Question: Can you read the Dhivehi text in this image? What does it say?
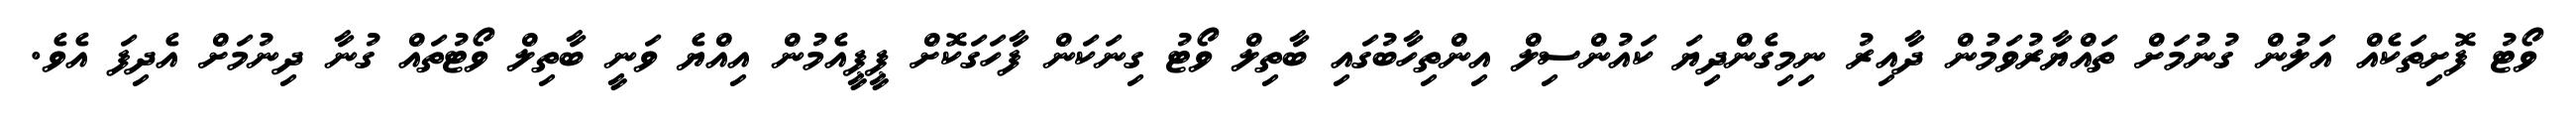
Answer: ވޯޓު ފޮށިތަކެއް އަލުން ގުނުމަށް ތައްޔާރުވަމުން ދާއިރު ނިމިގެންދިޔަ ކައުންސިލް އިންތިހާބުގައި ބާތިލް ވޯޓު ގިނަކަން ފާހަގަކޮށް ޕީޕީއެމުން އިއްޔެ ވަނީ ބާތިލް ވޯޓުތައް ގުނާ ދިނުމަށް އެދިފަ އެވެ.